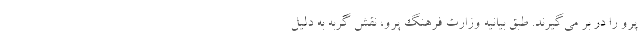
پرو را در بر می‌گیرند. طبق بیانیه وزارت فرهنگ پرو، نقش گربه به دلیل